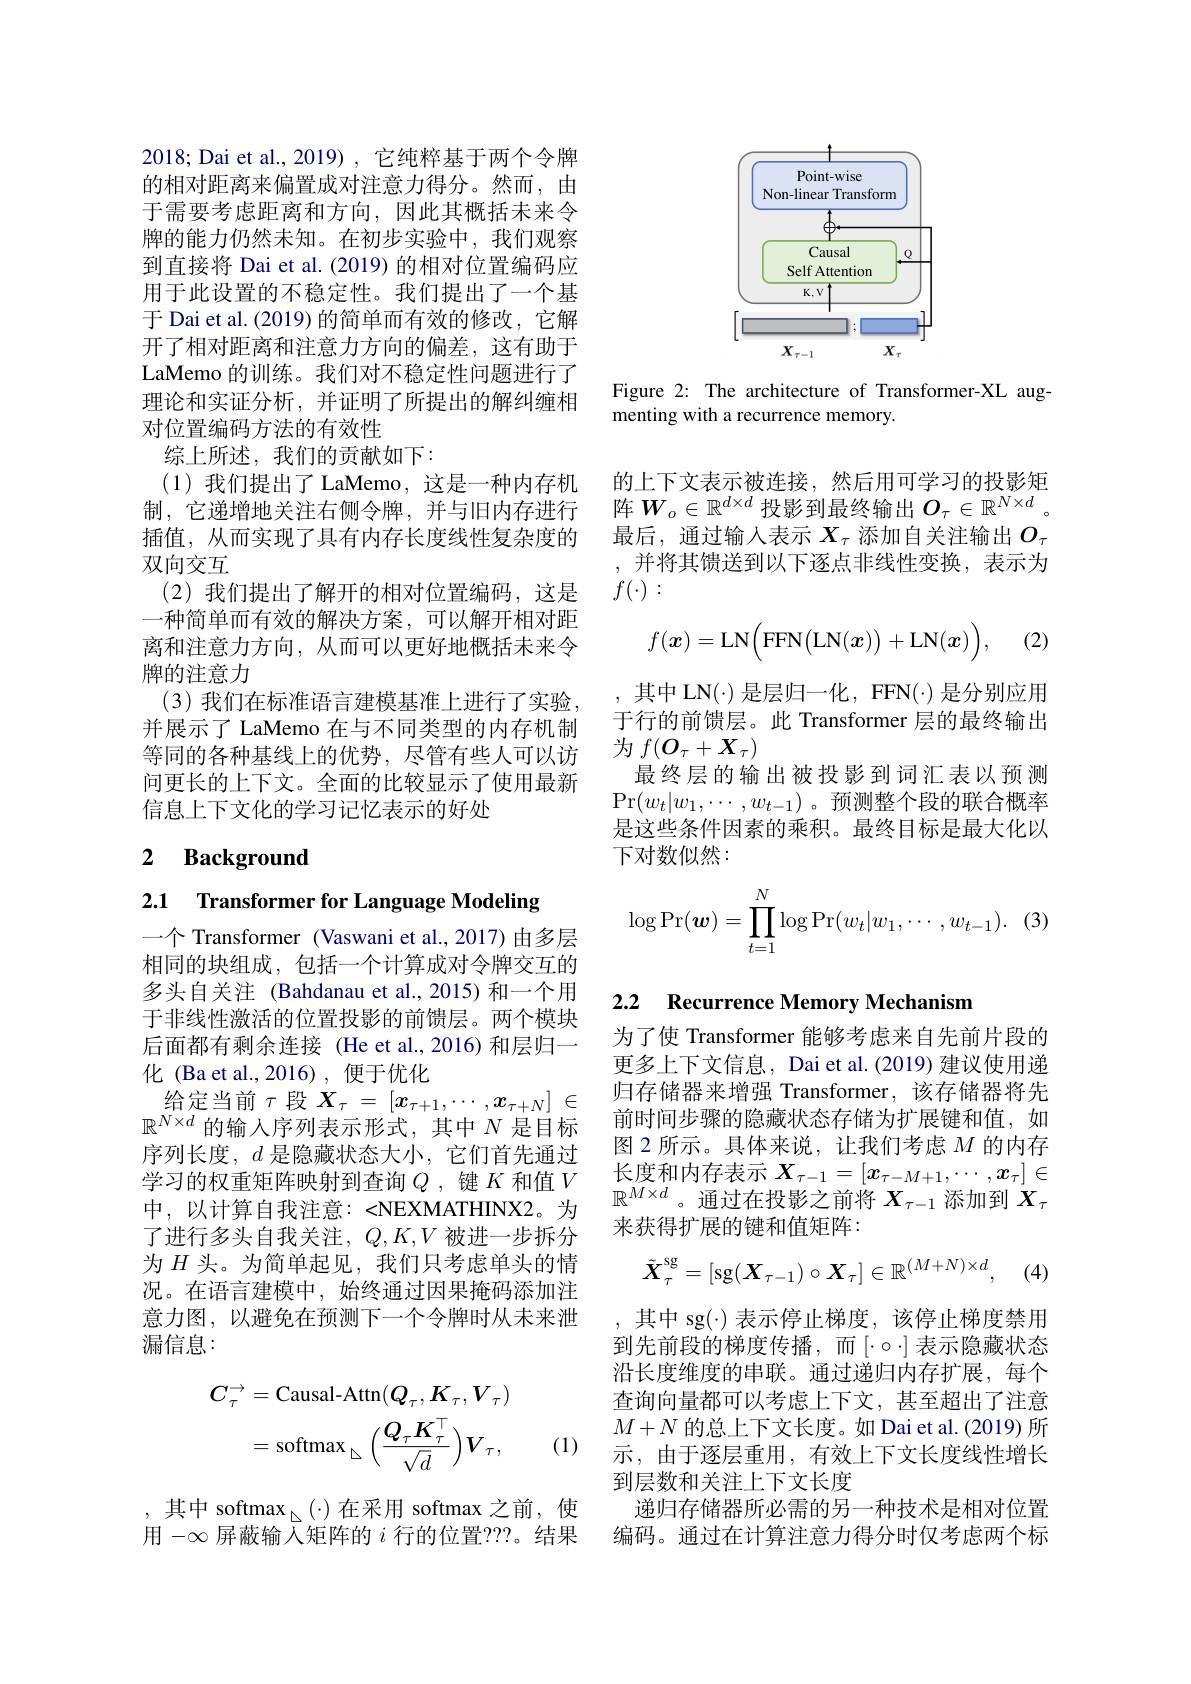
2018; Dai et al., 2019) , 它纯粹基于两个令牌的相对距离来偏置成对注意力得分。然而，由于需要考虑距离和方向，因此其概括未来令牌的能力仍然未知。在初步实验中，我们观察到直接将 Dai et al. (2019) 的相对位置编码应用于此设置的不稳定性。我们提出了一个基于 Dai et al. (2019) 的简单而有效的修改，它解开了相对距离和注意力方向的偏差，这有助于LaMemo 的训练。我们对不稳定性问题进行了理论和实证分析，并证明了所提出的解纠缠相对位置编码方法的有效性
综上所述，我们的贡献如下：
(1)我们提出了 LaMemo, 这是一种内存机制，它递增地关注右侧令牌，并与旧内存进行插值，从而实现了具有内存长度线性复杂度的双向交互
(2)我们提出了解开的相对位置编码，这是一种简单而有效的解决方案，可以解开相对距离和注意力方向，从而可以更好地概括未来令牌的注意力
(3)我们在标准语言建模基准上进行了实验， 并展示了 LaMemo 在与不同类型的内存机制等同的各种基线上的优势，尽管有些人可以访问更长的上下文。全面的比较显示了使用最新信息上下文化的学习记忆表示的好处

# 2 Background

2.1 Transformer for Language Modeling

一个 Transformer (Vaswani et al.,2017) 由多层相同的块组成，包括一个计算成对令牌交互的多头自关注 (Bahdanau et al., 2015) 和一个用于非线性激活的位置投影的前馈层。两个模块后面都有剩余连接(He et al.,2016)和层归一化 (Ba et al.,2016),便于优化
给定当前$\tau$段$X_\tau=[x_\tau+1,\cdots,x_{\tau+N}]\in$ $\mathbb{R}^{N\times d}$ 的输入序列表示形式，其中$N$ 是目标序列长度，$d$是隐藏状态大小，它们首先通过学习的权重矩阵映射到查询$Q$,键$K$ 和值$V$ 中，以计算自我注意：<NEXMATHINX2。为了进行多头自我关注，$Q,K,V$被进一步拆分为$H$头。为简单起见，我们只考虑单头的情况。在语言建模中，始终通过因果掩码添加注意力图，以避免在预测下一个令牌时从未来泄漏信息：
$$\begin{aligned}C_{\tau}^{\rightarrow}&=\text{Causal-Attn}(Q_{\tau},K_{\tau},V_{\tau})\\&=\mathrm{softmax}_{\Delta}\Big(\frac{Q_{\tau}K_{\tau}^{\top}}{\sqrt{d}}\Big)V_{\tau},\end{aligned}$$
(1)

,其中 softmax$_{\triangle}(\cdot)$在采用 softmax之前，使用$-\infty\bar{\text{屏蔽输入矩阵的}i\text{ 行的位置？??。结果}}$

<FigureHere>

Figure 2: The architecture of Transformer-XL aug-
menting with a recurrence memory.

的上下文表示被连接，然后用可学习的投影矩阵$W_o\in\mathbb{R}^{d\times d}$投影到最终输出$O_\tau\in\mathbb{R}^N\times d.$ 最后，通过输入表示$X_\mathrm{\tau}$添加自关注输出$O_\mathrm{\tau}$ ,并将其馈送到以下逐点非线性变换，表示为$f(\cdot):$
$$f(\boldsymbol{x})=\mathrm{LN}\Big(\mathrm{FFN}\big(\mathrm{LN}(\boldsymbol{x})\big)+\mathrm{LN}(\boldsymbol{x})\Big),$$
(2)

,其中 LN(·) 是层归一化，FFN(·) 是分别应用于行的前馈层。此 Transformer 层的最终输出为$f(O_\tau+X_\tau)$
最终层的输出被投影到词汇表以预测Pr$(w_t|w_1,\cdots,w_{t-1})$。预测整个段的联合概率是这些条件因素的乘积。最终目标是最大化以下对数似然：
$$\log\Pr(\boldsymbol w)=\prod\limits_{t=1}^N\log\Pr(w_t|w_1,\cdots,w_{t-1}).$$
## 2.2 Recurrence Memory Mechanism

为了使 Transformer 能够考虑来自先前片段的更多上下文信息，Dai et al.(2019) 建议使用递归存储器来增强 Transformer,该存储器将先前时间步骤的隐藏状态存储为扩展键和值，如图 2 所示。具体来说，让我们考虑$M$的内存长度和内存表示$X_\tau-1=[x_{\tau-M+1},\cdots,x_\tau]\in$ $\mathbb{R}^{M\times d}$。通过在投影之前将$X_\tau-1$ 添加到 $X_\tau$ 来获得扩展的键和值矩阵：
$$\tilde{\boldsymbol{X}}_\tau^\mathrm{sg}=[\mathrm{sg}(\boldsymbol{X}_{\tau-1})\circ\boldsymbol{X}_\tau]\in\mathbb{R}^{(M+N)\times d},$$
,其中 sg(·)表示停止梯度，该停止梯度禁用到先前段的梯度传播，而$[\cdot\circ\cdot]$表示隐藏状态沿长度维度的串联。通过递归内存扩展，每个查询向量都可以考虑上下文，甚至超出了注意$M+N$的总上下文长度。如 Dai et al. (2019) 所示，由于逐层重用，有效上下文长度线性增长到层数和关注上下文长度
递归存储器所必需的另一种技术是相对位置编码。通过在计算注意力得分时仅考虑两个标